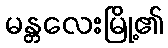
မန္တလေးမြို့၏